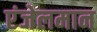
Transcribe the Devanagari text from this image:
एंजेलमान